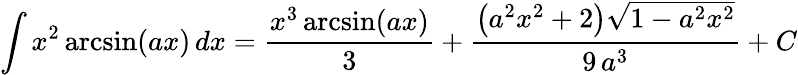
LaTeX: \int x^{2}\arcsin(ax)\, dx={\frac{x^{3}\arcsin(ax)}{3}}+{\frac{\left(a^{2}x^{2}+2\right){\sqrt{1-a^{2}x^{2}}}}{9\, a^{3}}}+C